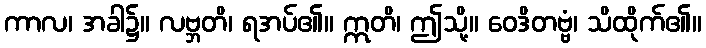
ကာလ၊ အခါ၌။ လဗ္ဘတိ၊ ရအပ်၏။ ဣတိ၊ ဤသို့။ ဝေဒိတဗ္ဗံ၊ သိထိုက်၏။